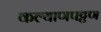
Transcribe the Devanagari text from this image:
कल्याणपट्टण